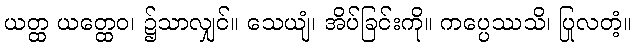
ယတ္ထ ယတ္ထေဝ၊ ၌သာလျှင်။ သေယျံ၊ အိပ်ခြင်းကို။ ကပ္ပေဿသိ၊ ပြုလတံ့။